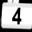
Digit: 4